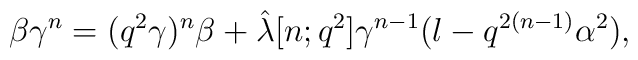
\beta \gamma^{n} = (q^{2} \gamma )^{n} \beta + \hat{\lambda} [n; q^{2}]\gamma^{n-1} (l-q^{2(n-1)} \alpha^{2}),